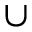
\cup